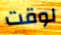
لوقت